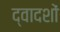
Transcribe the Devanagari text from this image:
द्वादशों